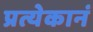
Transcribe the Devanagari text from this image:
प्रत्येकानं